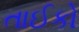
તાઈકો